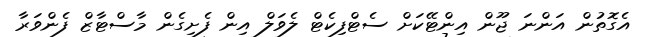
އެގޮތުން އަންނަ ޖޫން އިންޓޭކަށް ސެޓްފިކެޓް ލެވަލް އިން ފެށިގެން މާސްޓާޒް ފެންވަރާ